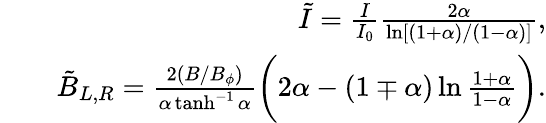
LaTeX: \begin{array}{rlr}&{}&{\tilde{I}=\frac{I}{I_{0}}\frac{2\alpha}{\ln[(1+\alpha)/(1-\alpha)]},}\\ &{}&{\tilde{B}_{L,R}=\frac{2(B/B_{\phi})}{\alpha\operatorname{tanh}^{-1}\alpha}\biggl(2\alpha-(1\mp\alpha)\ln\frac{1+\alpha}{1-\alpha}\biggr).}\end{array}